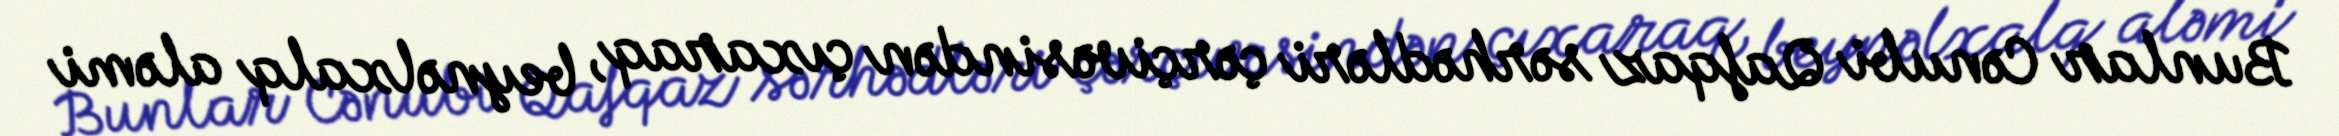
Bunlar Cənubi Qafqaz sərhədləri çərçivəsindən çıxaraq, beynəlxalq aləmi